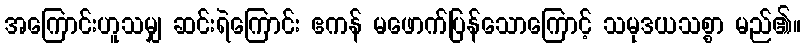
အကြောင်းဟူသမျှ ဆင်းရဲကြောင်း ဧကန် မဖောက်ပြန်သောကြောင့် သမုဒယသစ္စာ မည်၏။